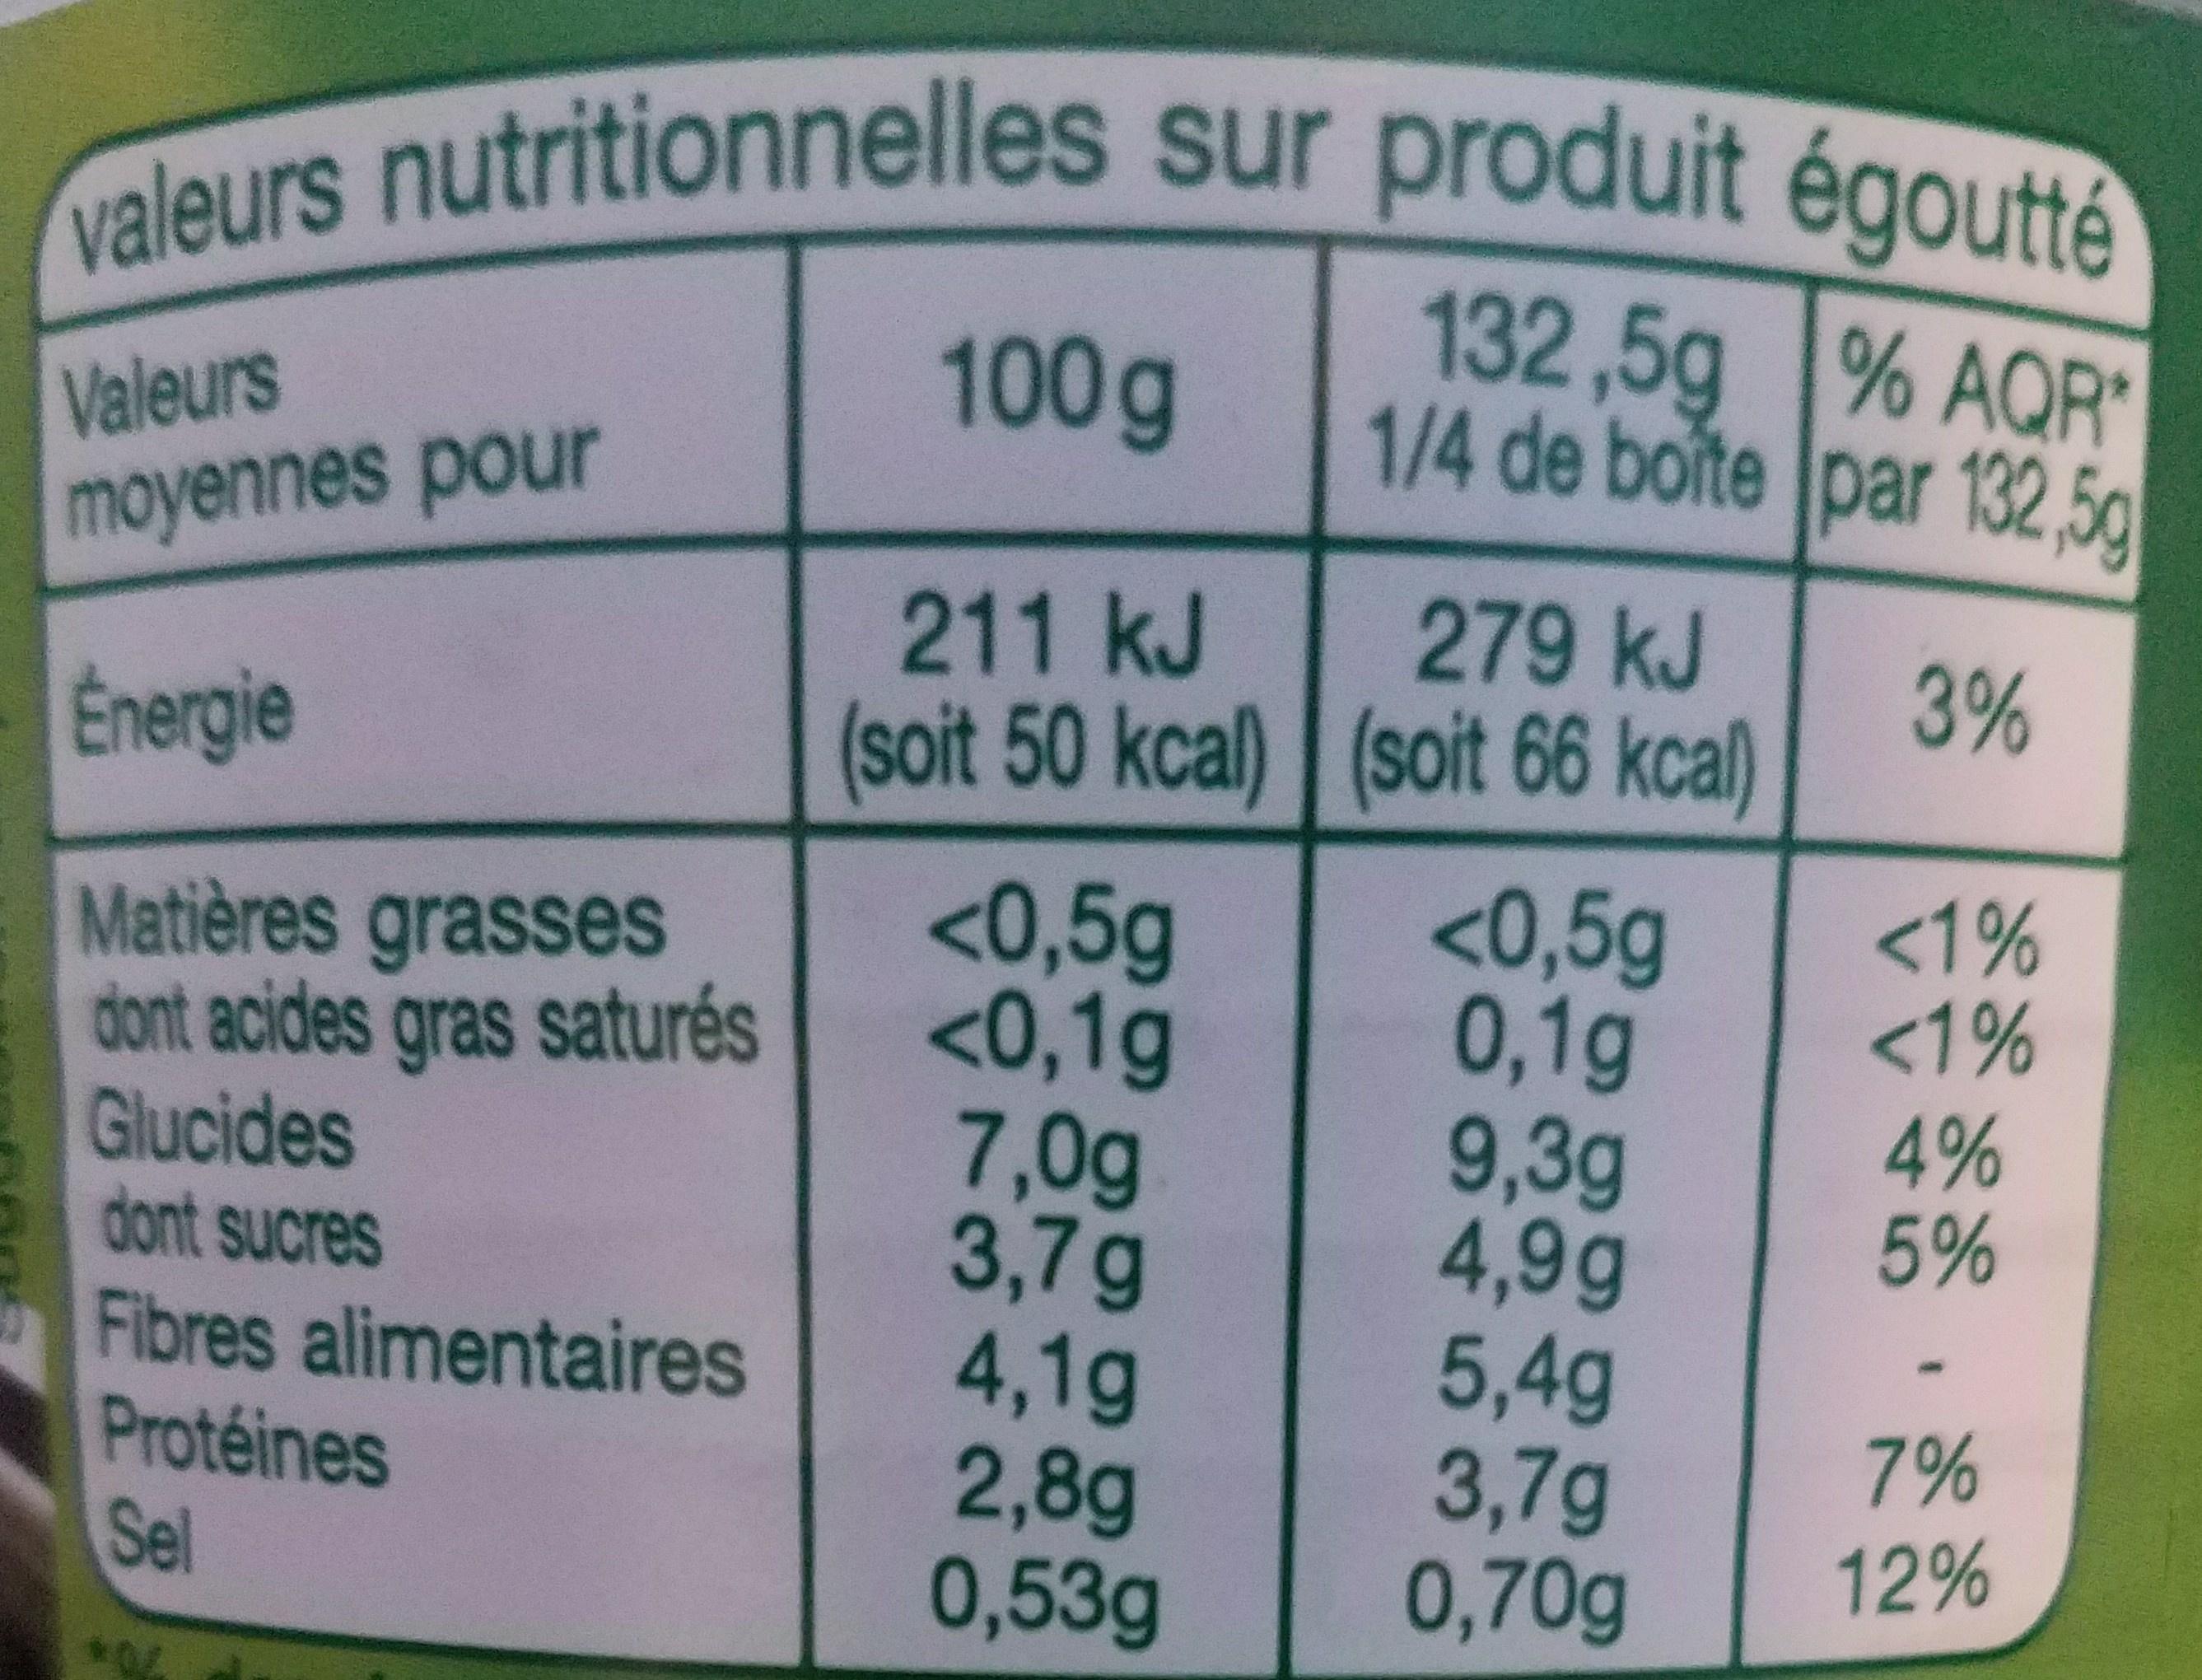
valeurs nutritionnelles sur produit égoutté
132,5g
% AQR*
1/4 de boîte par 132,5g
Valeurs
moyennes pour
Énergie
Matières grasses dont acides gras saturés
Glucides
dont sucres
Fibres alimentaires
Protéines
Sel
100 g
211 kJ
(soit 50 kcal)
<0,5g
<0,1g
7,0g
3,7g
4,1g
2,8g
0,53g
279 kJ
(soit 66 kcal)
<0,5g
0,1g
9,3g
4,9g
5,4g
3,7g
0,70g
3%
<1%
<1%
4%
5%
1
7% 12%